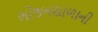
ભોજનશાળાની